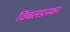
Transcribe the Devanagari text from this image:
विंबलडनका